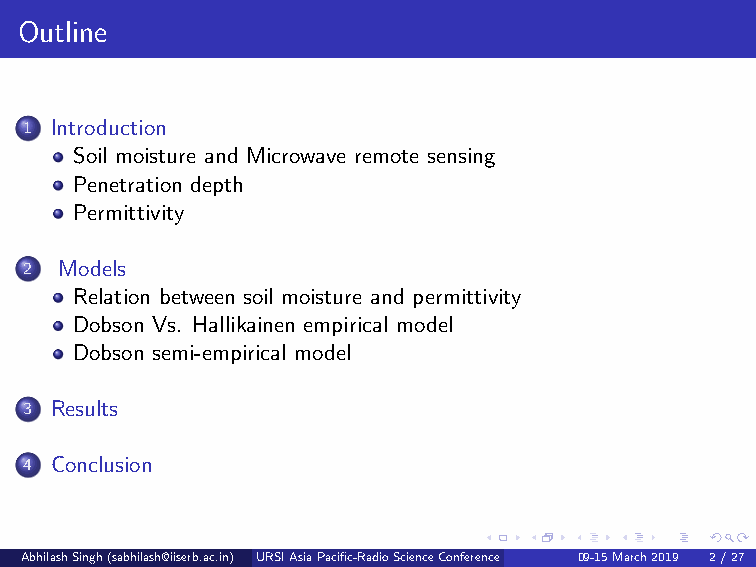
Outline
 1 Introduction
 Soil moisture and Microwave remote sensing
 Penetration depth
 Permittivity
 2 Models
 Relation between soil moisture and permittivity
 Dobson Vs. Hallikainen empirical model
 Dobson semi-empirical model
 3 Results
 4 Conclusion
 AbhilashSingh(sabhilash@iiserb.ac.in) URSIAsiaPacific-RadioScienceConference 09-15March2019(Dep2ar/tm2e7ntofEarthandEnvironmentalSciencesIndianInstituteofScienceEducationandResearch,Bhopal,IndianInstituteofRemoteSensing,ISRO,Dehradun Presentedby:AbhilashSingh,DST-INSPIREFellow)